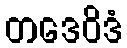
တဒေဝိဒံ